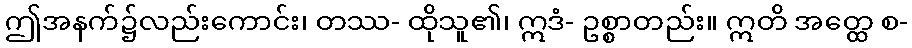
ဤအနက်၌လည်းကောင်း၊ တဿ- ထိုသူ၏၊ ဣဒံ- ဥစ္စာတည်း။ ဣတိ အတ္ထေ စ-